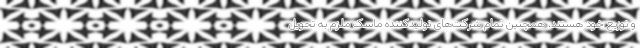
و توزیع خود هستند. همچنین تمام شرکت‌های تولیدکننده ماسک ملزم به تحویل